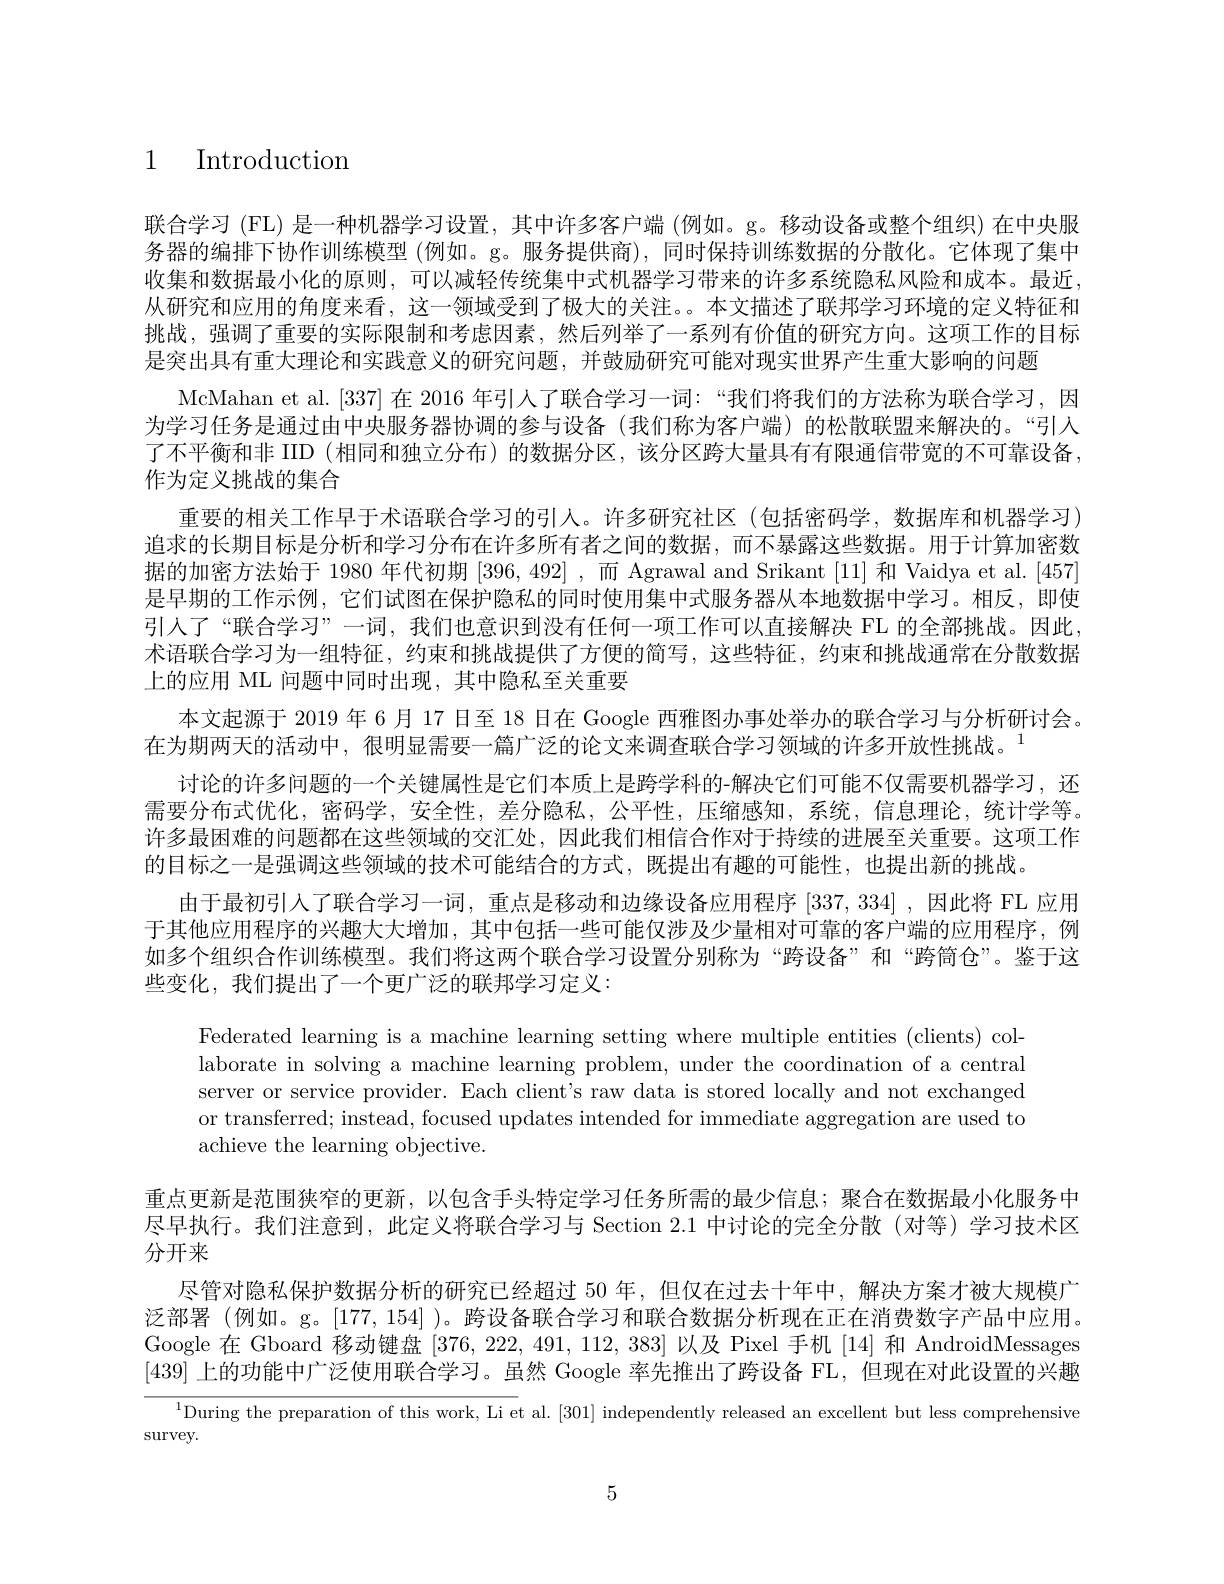
1 Introduction

联合学习 (FL) 是一种机器学习设置，其中许多客户端 (例如。g。移动设备或整个组织) 在中央服务器的编排下协作训练模型 (例如。g。服务提供商),同时保持训练数据的分散化。它体现了集中收集和数据最小化的原则，可以减轻传统集中式机器学习带来的许多系统隐私风险和成本。最近， 从研究和应用的角度来看，这一领域受到了极大的关注。。本文描述了联邦学习环境的定义特征和挑战，强调了重要的实际限制和考虑因素，然后列举了一系列有价值的研究方向。这项工作的目标是突出具有重大理论和实践意义的研究问题，并鼓励研究可能对现实世界产生重大影响的问题
McMahan et al.[337] 在 2016 年引人了联合学习一词：“我们将我们的方法称为联合学习，因为学习任务是通过由中央服务器协调的参与设备(我们称为客户端)的松散联盟来解决的。“引入了不平衡和非 IID (相同和独立分布)的数据分区，该分区跨大量具有有限通信带宽的不可靠设备， 作为定义挑战的集合
重要的相关工作早于术语联合学习的引人。许多研究社区(包括密码学，数据库和机器学习) 追求的长期目标是分析和学习分布在许多所有者之间的数据，而不暴露这些数据。用于计算加密数据的加密方法始于 1980 年代初期[396,492] ,而 Agrawal and Srikant [11] 和 Vaidya et al.[457] 是早期的工作示例，它们试图在保护隐私的同时使用集中式服务器从本地数据中学习。相反，即使引入了“联合学习”一词，我们也意识到没有任何一项工作可以直接解决 FL 的全部挑战。因此术语联合学习为一组特征，约束和挑战提供了方便的简写，这些特征，约束和挑战通常在分散数据上的应用 ML 问题中同时出现，其中隐私至关重要
本文起源于 2019 年 6 月 17 日至 18 日在 Google 西雅图办事处举办的联合学习与分析研讨会。
在为期两天的活动中，很明显需要一篇广泛的论文来调查联合学习领域的许多开放性挑战。$^{1}$
讨论的许多问题的一个关键属性是它们本质上是跨学科的-解决它们可能不仅需要机器学习，还需要分布式优化，密码学，安全性，差分隐私，公平性，压缩感知，系统，信息理论，统计学等。许多最困难的问题都在这些领域的交汇处，因此我们相信合作对于持续的进展至关重要。这项工作的目标之一是强调这些领域的技术可能结合的方式，既提出有趣的可能性，也提出新的挑战。
由于最初引人了联合学习一词，重点是移动和边缘设备应用程序[337,334] ,因此将 FL 应用于其他应用程序的兴趣大大增加，其中包括一些可能仅涉及少量相对可靠的客户端的应用程序，例如多个组织合作训练模型。我们将这两个联合学习设置分别称为“跨设备”和“跨筒仓”。鉴于这些变化，我们提出了一个更广泛的联邦学习定义：

Federated learning is a machine learning setting where multiple entities (clients) collaborate in solving a machine learning problem, under the coordination of a central server or service provider. Each client's raw data is stored locally and not exchanged or transferred; instead, focused updates intended for immediate aggregation are used to achieve the learning objective.
重点更新是范围狭窄的更新，以包含手头特定学习任务所需的最少信息；聚合在数据最小化服务中尽早执行。我们注意到，此定义将联合学习与 Section 2.1 中讨论的完全分散 (对等)学习技术区分开来
尽管对隐私保护数据分析的研究已经超过 50 年，但仅在过去十年中，解决方案才被大规模广泛部署 (例如。g。[177, 154] )。跨设备联合学习和联合数据分析现在正在消费数字产品中应用。Google 在 Gboard 移动键盘[376,222,491,112,383]以及 Pixel 手机 [14] 和 AndroidMessages [439]上的功能中广泛使用联合学习。虽然 Google 率先推出了跨设备 FL,但现在对此设置的兴趣
$^{1}$During the preparation of this work, Li et al. [301] independently released an excellent but less comprehensive
$\operatorname{survey}.$

5